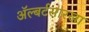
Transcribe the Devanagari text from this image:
अॅल्बर्टसारखा